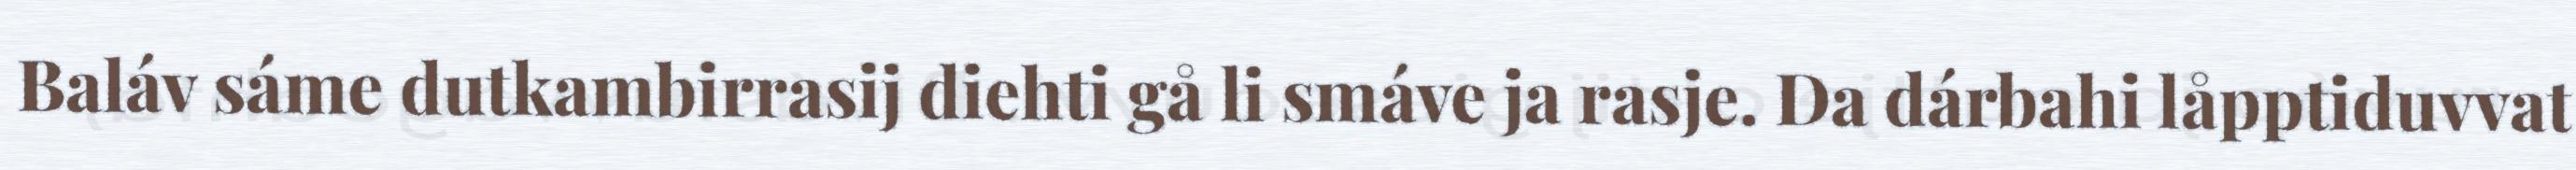
Baláv sáme dutkambirrasij diehti gå li smáve ja rasje. Da dárbahi låpptiduvvat